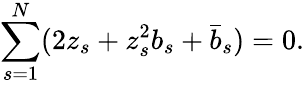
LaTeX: \sum_{s=1}^{N}(2z_{s}+z_{s}^{2}b_{s}+\bar{b}_{s})=0.